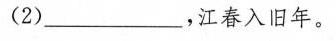
(2)_____，江春入旧年。